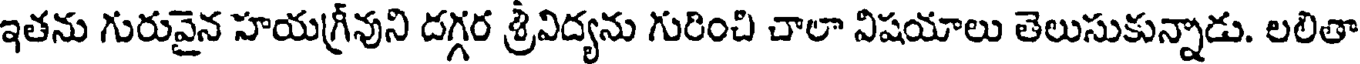
ఇతను గురువైన హయగ్రీవుని దగ్గర శ్రీవిద్యను గురించి చాలా విషయాలు తెలుసుకున్నాడు. లలితా